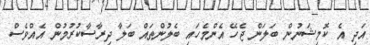
އަދި އެ ކޮމިޝަނުން ބަލަން ޖެހޭ އެންމެހައި ބެލުންތައް ބަލާ ދިރާސާކުރުމުން އެއްވެސް